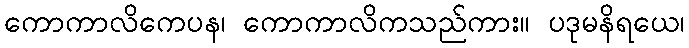
ကောကာလိကေပန၊ ကောကာလိကသည်ကား။ ပဒုမနိရယေ၊